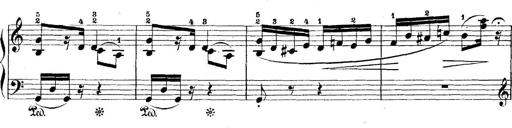
Title: 5 Sonatinas
Composer: Theodor Kirchner